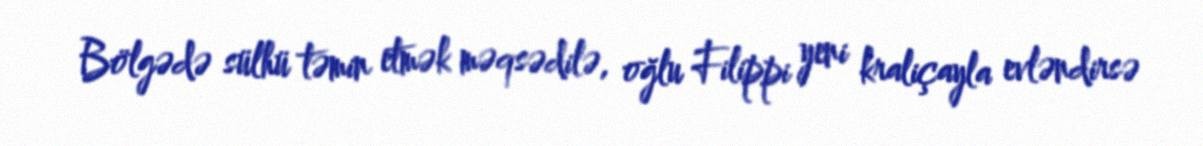
Bölgədə sülhü təmin etmək məqsədilə, oğlu Filippi yeni kraliçayla evləndirsə